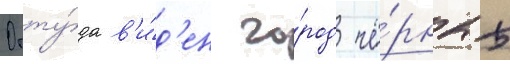
Отту́да в'и́д'ен го́род чё́рных